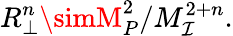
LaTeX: R_{\perp}^{n}\simM_{P}^{2}/M_{\mathcal{I}}^{2+n}.